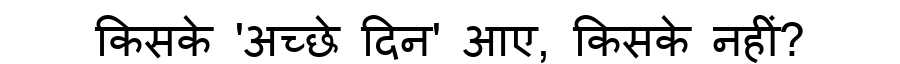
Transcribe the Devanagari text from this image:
किसके 'अच्छे दिन' आए, किसके नहीं?